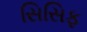
સિસિફ